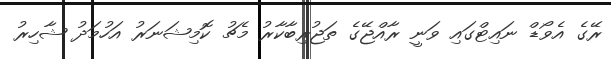
ރޭގެ އެވޯޑް ނައިޓްގައި ވަނީ ރާއްޖޭގެ ތަޖުރިބާކާރު މެޗު ކޮމިޝަނަރު އަހުމަދު ޝާހިރު